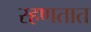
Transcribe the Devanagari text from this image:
स्हणतात